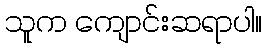
သူက ကျောင်းဆရာပါ။